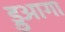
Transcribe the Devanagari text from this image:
ड्रुआगा